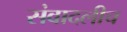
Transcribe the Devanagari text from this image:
संवादलीच